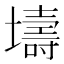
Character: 壔